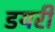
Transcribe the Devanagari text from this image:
डयरी